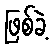
ဖြစ်ခဲ့